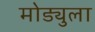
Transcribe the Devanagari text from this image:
मोड्युला